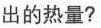
出的热量?